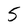
Character: 5